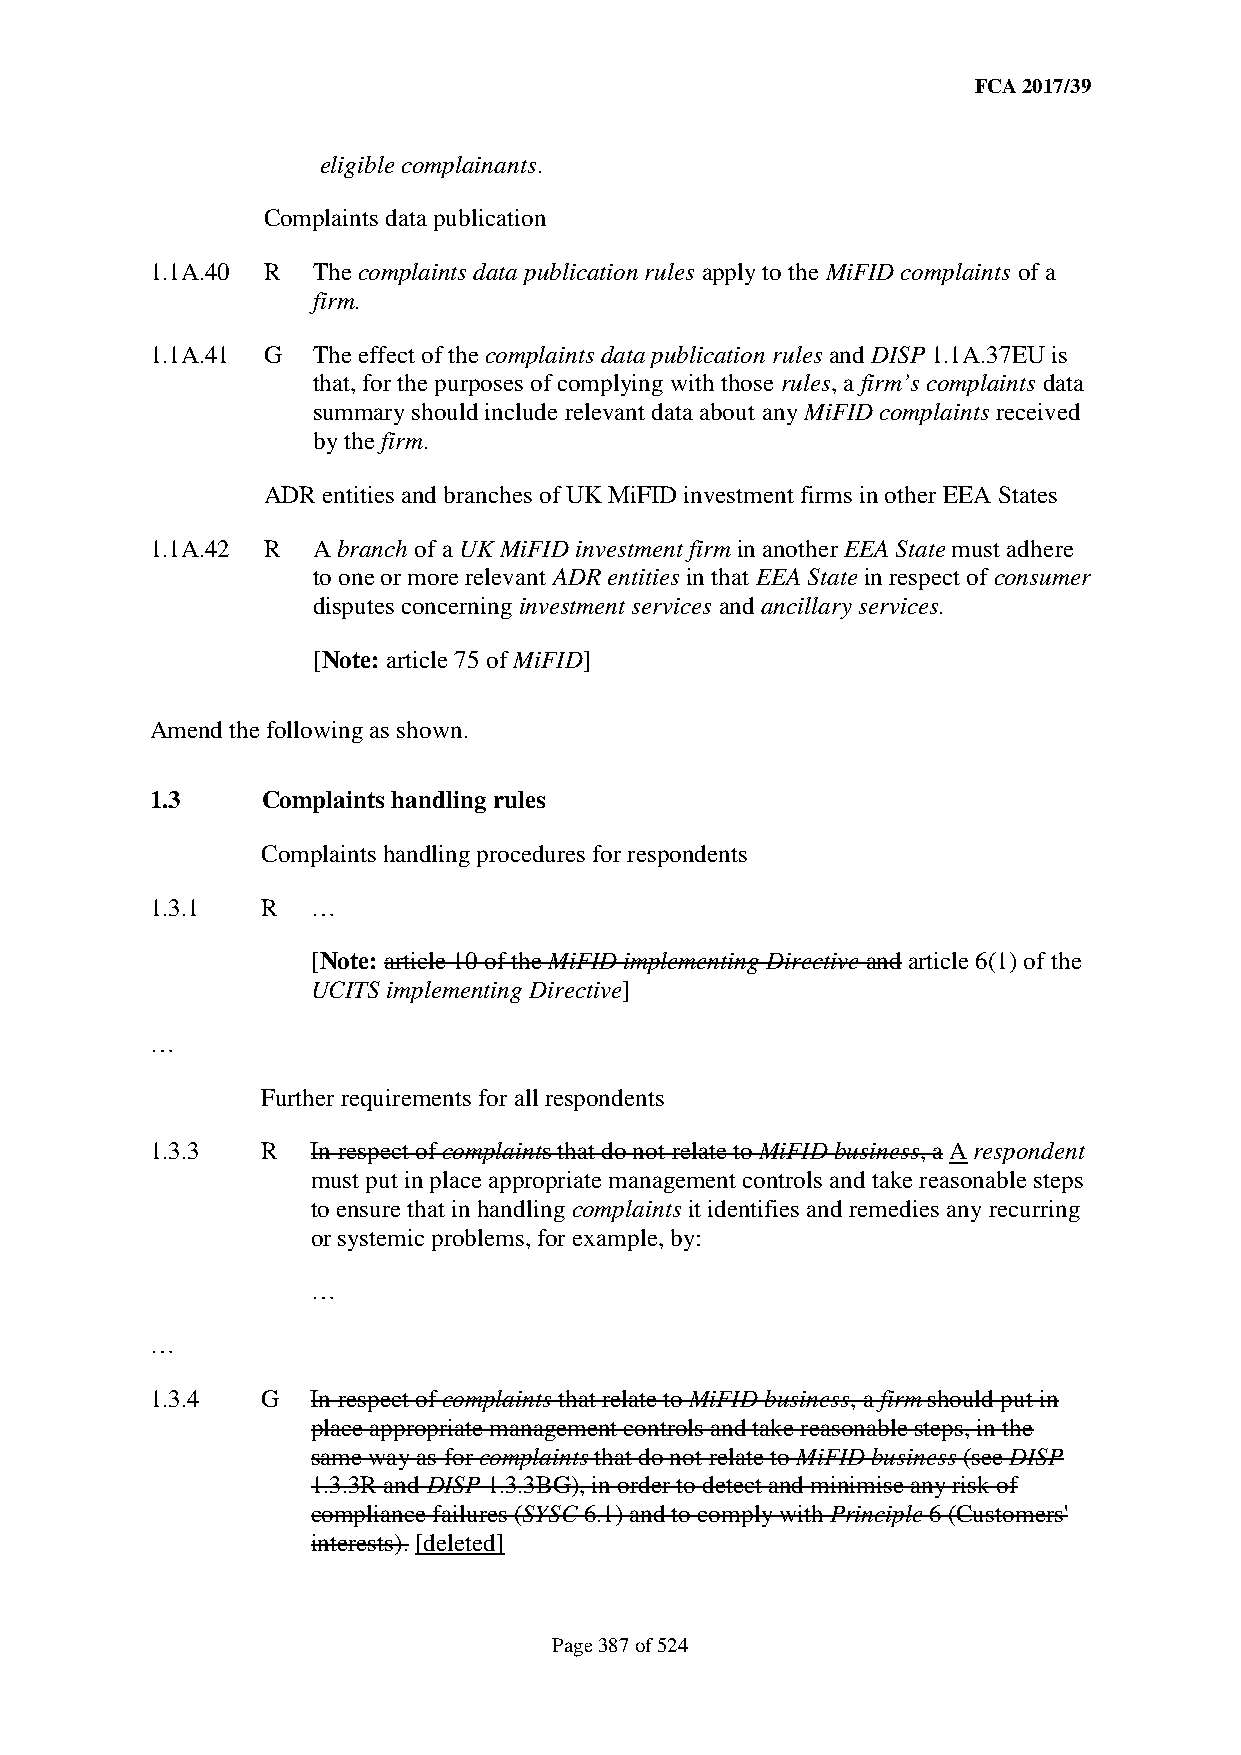
FCA 2017/39
 eligible complainants.
 Complaints data publication
 1.1A.40 R  The complaints data publication rules apply to the MiFID complaints of a
 firm.
 1.1A.41 G  The effect of the complaints data publication rules and DISP 1.1A.37EU is
 that, for the purposes of complying with those rules, a firm’s complaints data
 summary should include relevant data about any MiFID complaints received
 by the firm.
 ADR entities and branches of UK MiFID investment firms in other EEA States
 1.1A.42 R  A branch of a UK MiFID investment firm in another EEA State must adhere
 to one or more relevant ADR entities in that EEA State in respect of consumer
 disputes concerning investment services and ancillary services.
 [Note: article 75 of MiFID]
 Amend the following as shown.
 1.3    Complaints handling rules
 Complaints handling procedures for respondents
 1.3.1  R   …
 [Note: article 10 of the MiFID implementing Directive and article 6(1) of the
 UCITS implementing Directive]
 …
 Further requirements for all respondents
 1.3.3  R   In respect of complaints that do not relate to MiFID business, a A respondent
 must put in place appropriate management controls and take reasonable steps
 to ensure that in handling complaints it identifies and remedies any recurring
 or systemic problems, for example, by:
 …
 …
 1.3.4  G   In respect of complaints that relate to MiFID business, a firm should put in
 place appropriate management controls and take reasonable steps, in the
 same way as for complaints that do not relate to MiFID business (see DISP
 1.3.3R and DISP 1.3.3BG), in order to detect and minimise any risk of
 compliance failures (SYSC 6.1) and to comply with Principle 6 (Customers'
 interests). [deleted]
 Page 387 of 524